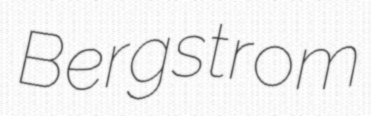
Bergstrom